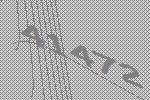
41472